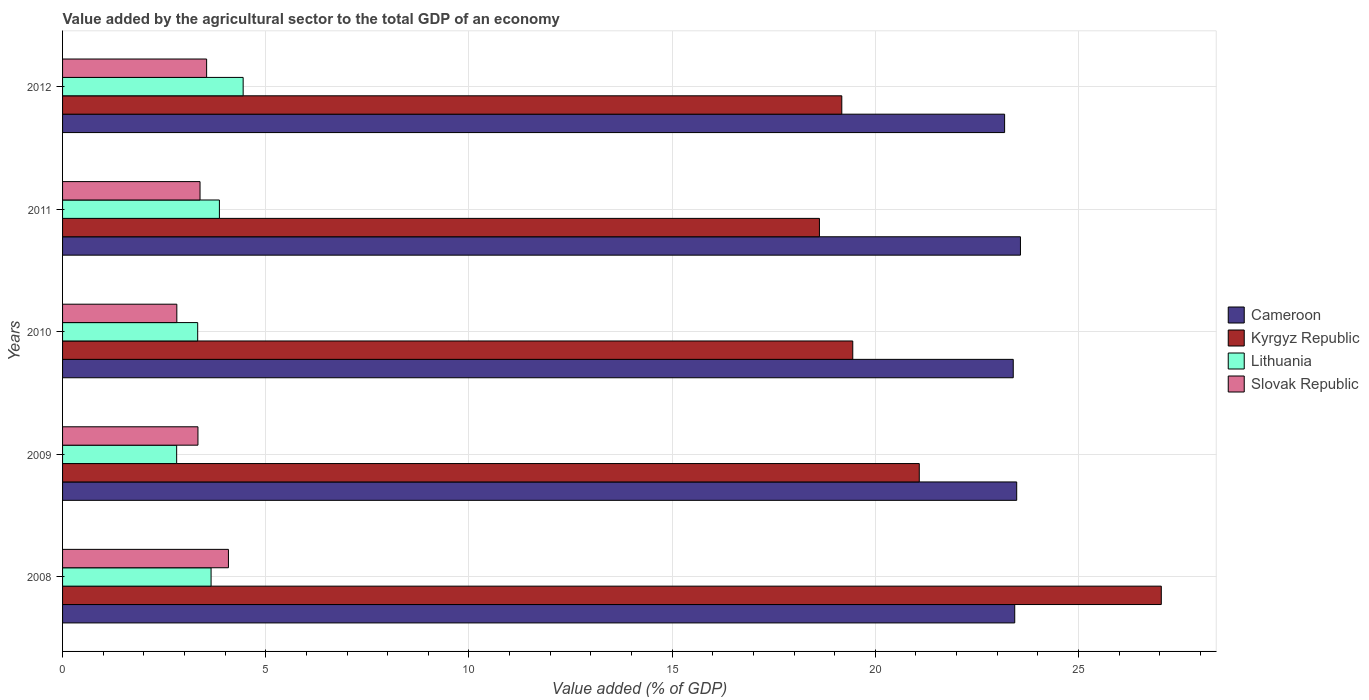
| Years | Cameroon | Kyrgyz Republic | Lithuania | Slovak Republic |
 | --- | --- | --- | --- | --- |
 | 2008 | 23.4 | 27 | 3.65 | 4.08 |
 | 2009 | 23.5 | 21.1 | 2.81 | 3.33 |
 | 2010 | 23.4 | 19.4 | 3.33 | 2.81 |
 | 2011 | 23.6 | 18.6 | 3.86 | 3.38 |
 | 2012 | 23.2 | 19.2 | 4.44 | 3.54 |